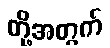
တို့အတွက်